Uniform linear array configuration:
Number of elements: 32
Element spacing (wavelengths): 0.5
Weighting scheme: kaiser
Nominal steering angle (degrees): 60
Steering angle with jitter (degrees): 58.802
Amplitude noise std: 0.05
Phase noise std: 0.05

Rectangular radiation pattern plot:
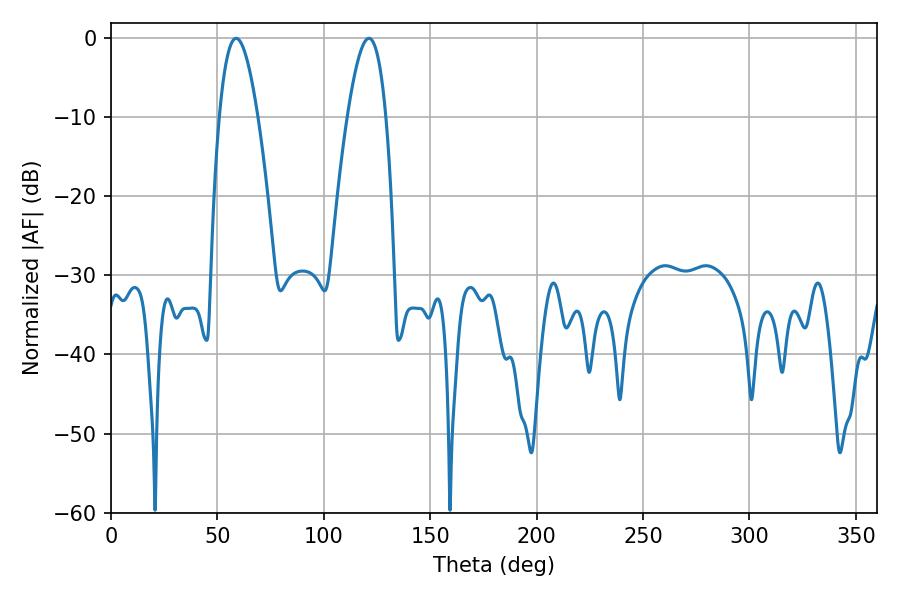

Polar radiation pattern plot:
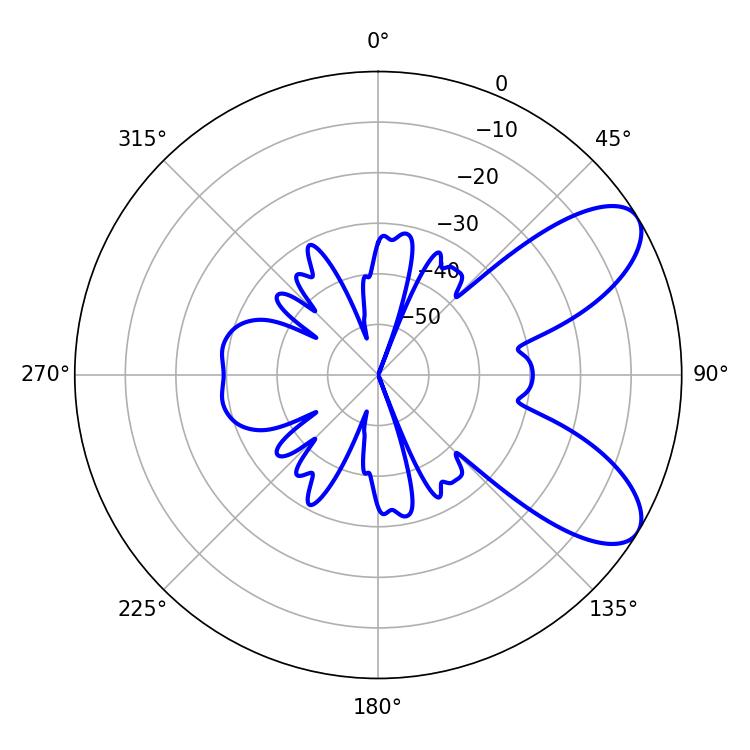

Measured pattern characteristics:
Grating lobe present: FALSE
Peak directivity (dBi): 7.965
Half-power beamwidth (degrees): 9.9
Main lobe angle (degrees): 58.86